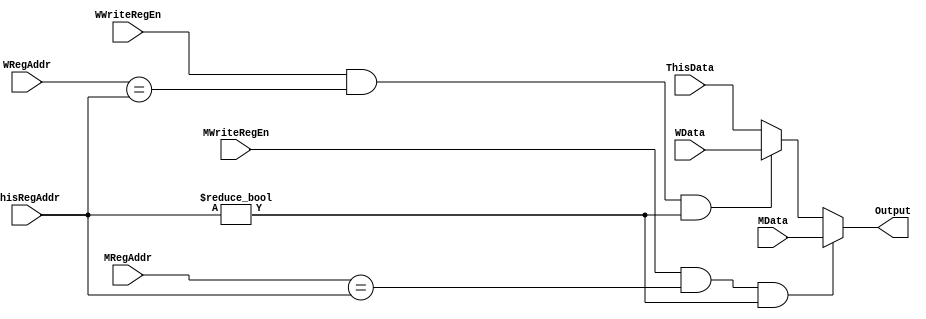
module _FWD(
    input  [ 4:0 ]  ThisRegAddr,
    input  [31:0 ]  ThisData,

    input  [ 4:0 ]  MRegAddr,
    input           MWriteRegEn,
    input  [31:0 ]  MData, 

    input  [ 4:0 ]  WRegAddr,
    input           WWriteRegEn,
    input  [31:0 ]  WData, 

    output [31:0 ]  Output
);
    wire fwd_from_M = MWriteRegEn && (MRegAddr == ThisRegAddr) && (ThisRegAddr != 0);
    wire fwd_from_W = WWriteRegEn && (WRegAddr == ThisRegAddr) && (ThisRegAddr != 0);

    assign Output = fwd_from_M ? MData      :
                    fwd_from_W ? WData      :
                                 ThisData;

endmodule